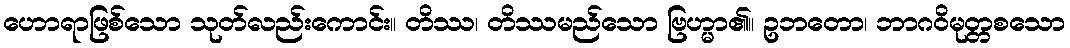
ဟောရာဖြစ်သော သုတ်လည်းကောင်း။ တိဿ၊ တိဿမည်သော ဗြဟ္မာ၏။ ဥဘတော၊ ဘာဂဝိမုတ္တစသော